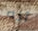
أنه